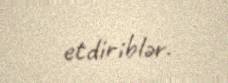
etdiriblər.